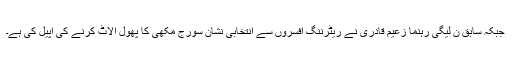
جبکہ سابق ن لیگی رہنما زعیم قادری نے ریٹرننگ افسروں سے انتخابی نشان سورج مکھی کا پھول الاٹ کرنے کی اپیل کی ہے۔